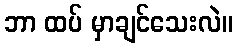
ဘာ ထပ် မှာချင်သေးလဲ။